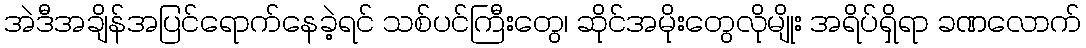
အဲဒီအချိန်အပြင်ရောက်နေခဲ့ရင် သစ်ပင်ကြီးတွေ၊ ဆိုင်အမိုးတွေလိုမျိုး အရိပ်ရှိရာ ခဏလောက်